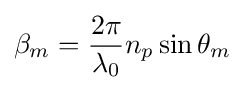
\beta _{m}={\frac {2\pi }{\lambda _{0}}}n_{p}\sin \theta _{m}